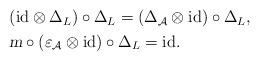
LaTeX: \begin{align*}\begin{aligned}&(\mbox{id} \otimes \Delta_L) \circ \Delta_L=(\Delta_{\mathcal{A}} \otimes \mbox{id}) \circ \Delta_L, \\ & \textsl{m} \circ(\varepsilon_{\mathcal{A}} \otimes \mbox{id})\circ \Delta_L = \mbox{id}. \end{aligned} \end{align*}